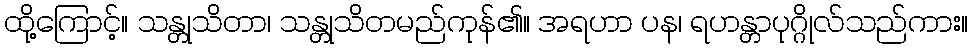
ထို့ကြောင့်။ သန္တုသိတာ၊ သန္တုသိတမည်ကုန်၏။ အရဟာ ပန၊ ရဟန္တာပုဂ္ဂိုလ်သည်ကား။